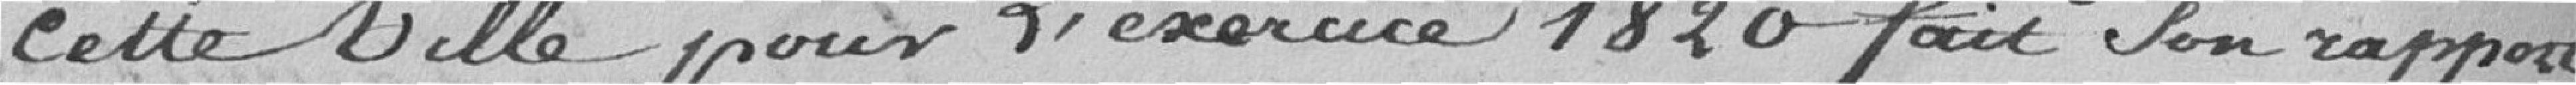
cette ville pour l'exercice 1820 fait son rapport